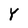
Character: Y